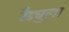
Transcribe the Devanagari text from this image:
रैड्युला